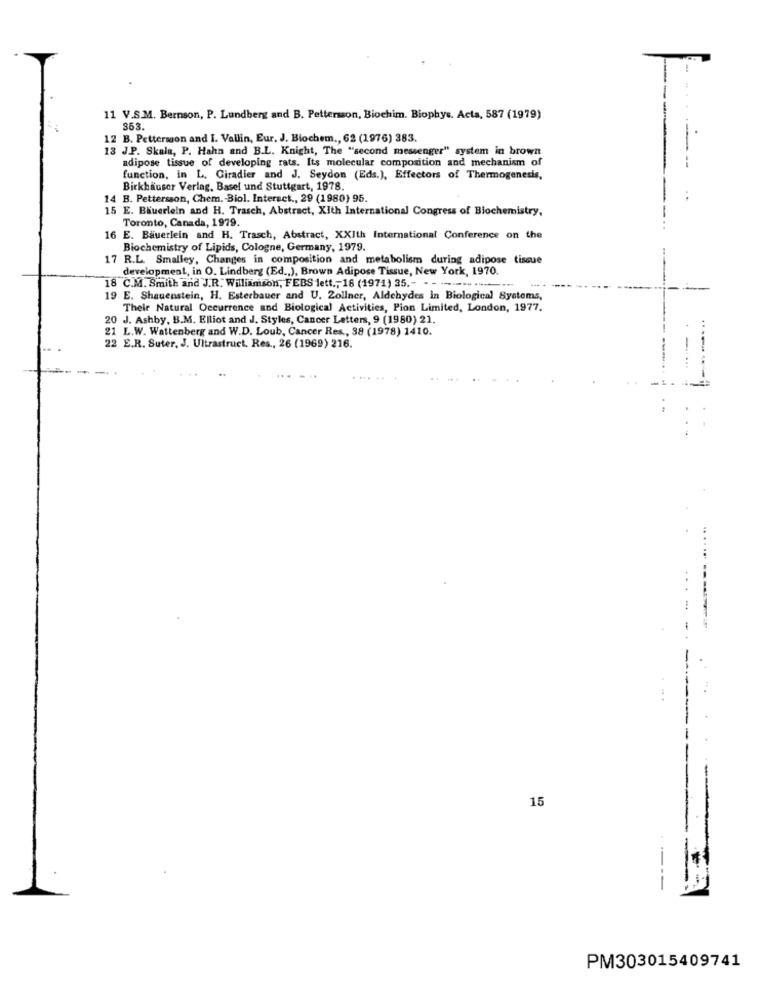
11 V.S.M. Bernson, P. Lundberg and B. Pettersson, Biochim. Biophys. Acta, 587 (1979)
853.
12 B. Pettersson and I. Vallin, Eur. J. Biochem ., 62 (1976) 383.
13 J.P. Skala, P. Haha and B.L. Knight, The "second messenger" system in brown
adipose tissue of developing rats. Its molecular composition and mechanism of
function, in L. Giradier and J. Seydon (Eds.), Effectors of Thermogenesis,
Birkhäuser Verlag, Basel und Stuttgart, 1978.
14 B. Pettersson, Chem. - Biol. Interact ., 29 (1980) 95.
15 E. Bäuerlein and H. Trasch, Abstract, Xith International Congress of Biochemistry,
Toronto, Canada, 1979.
16 E. Bauerlein and H. Trasch, Abstract, XXIth International Conference on the
Biochemistry of Lipids, Cologne, Germany, 1979.
17 R.L. Smalley, Changes in composition and metabolism during adipose tissue
development, in O. Lindberg (Ed ., ), Brown Adipose Tissue, New York, 1970.
18 C.M. Smith and J.R. Williamson, FEBS lett ., 18 (1971) 35 .- - - ------ --------
19 E. Shauenstein, H. Esterbauer and U. Zollner, Aldehydes in Biological Systems,
Their Natural Occurrence and Biological Activities, Pion Limited, London, 1977.
20 J. Ashby, B.M. Elliot and J. Styles, Cancer Letters, 9 (1980) 21.
21 L.W. Wattenberg and W.D. Loub, Cancer Res ., 38 (1978) 1410.
22 E.R. Suter, J. Ultrastruct. Res ., 26 (1969) 216.
15
PM303015409741